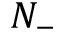
N _ { - }